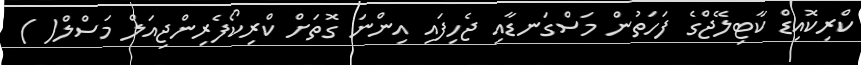
ކްރިކޮއިޑް ކާޓިލޭޖްގެ ފަހަތުން މަސްގަނޑާއި ޖެހިފައި އިންނަ ގޮތަށް ކްރިކޯފެރިންޖިއަލް މަސްލް( )